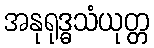
အနုရုဒ္ဓသံယုတ္တ